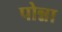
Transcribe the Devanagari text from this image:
पोन्ना